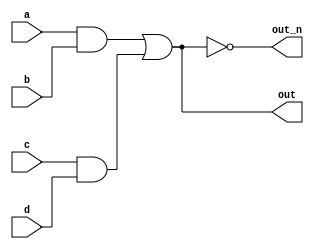
`default_nettype none
module top_module(
    input a,
    input b,
    input c,
    input d,
    output out,
    output out_n   ); 
    
    wire ab;
    wire cd;
    wire abcd;
    
    assign ab = a&b;
    assign cd = c&d;
    assign abcd = ab|cd;
    
    assign out = abcd;
    assign out_n = ~abcd;

endmodule